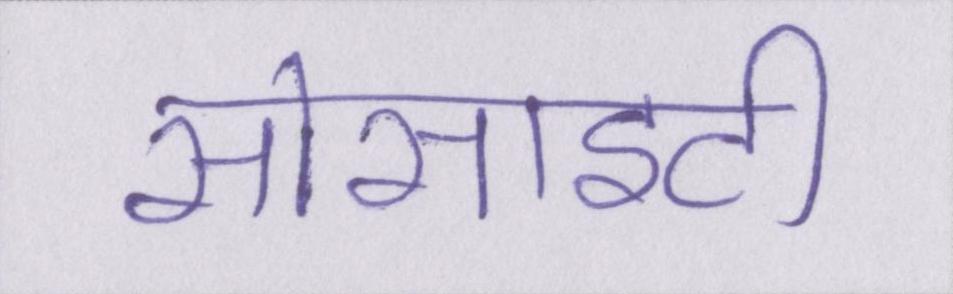
सोसाइटी